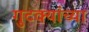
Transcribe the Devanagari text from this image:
गुटक्यांच्या